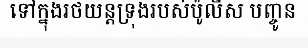
ទៅក្នុងរថយន្តទ្រុងរបស់ប៉ូលីស បញ្ចូន